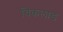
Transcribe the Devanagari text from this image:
चिकलाड